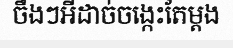
ចឹងៗអីដាច់ចង្កេះតែម្តង